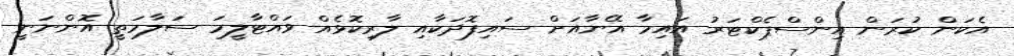
އެކަން ކުރަން އިންސްޕެކްޓަރު އައިމާ އޭނާއަށް ސައިފޮދަކާއި ލާރިކޮޅެއް ވައްޓާލީމަ ސަލާމަތީ އޮންނަނީ